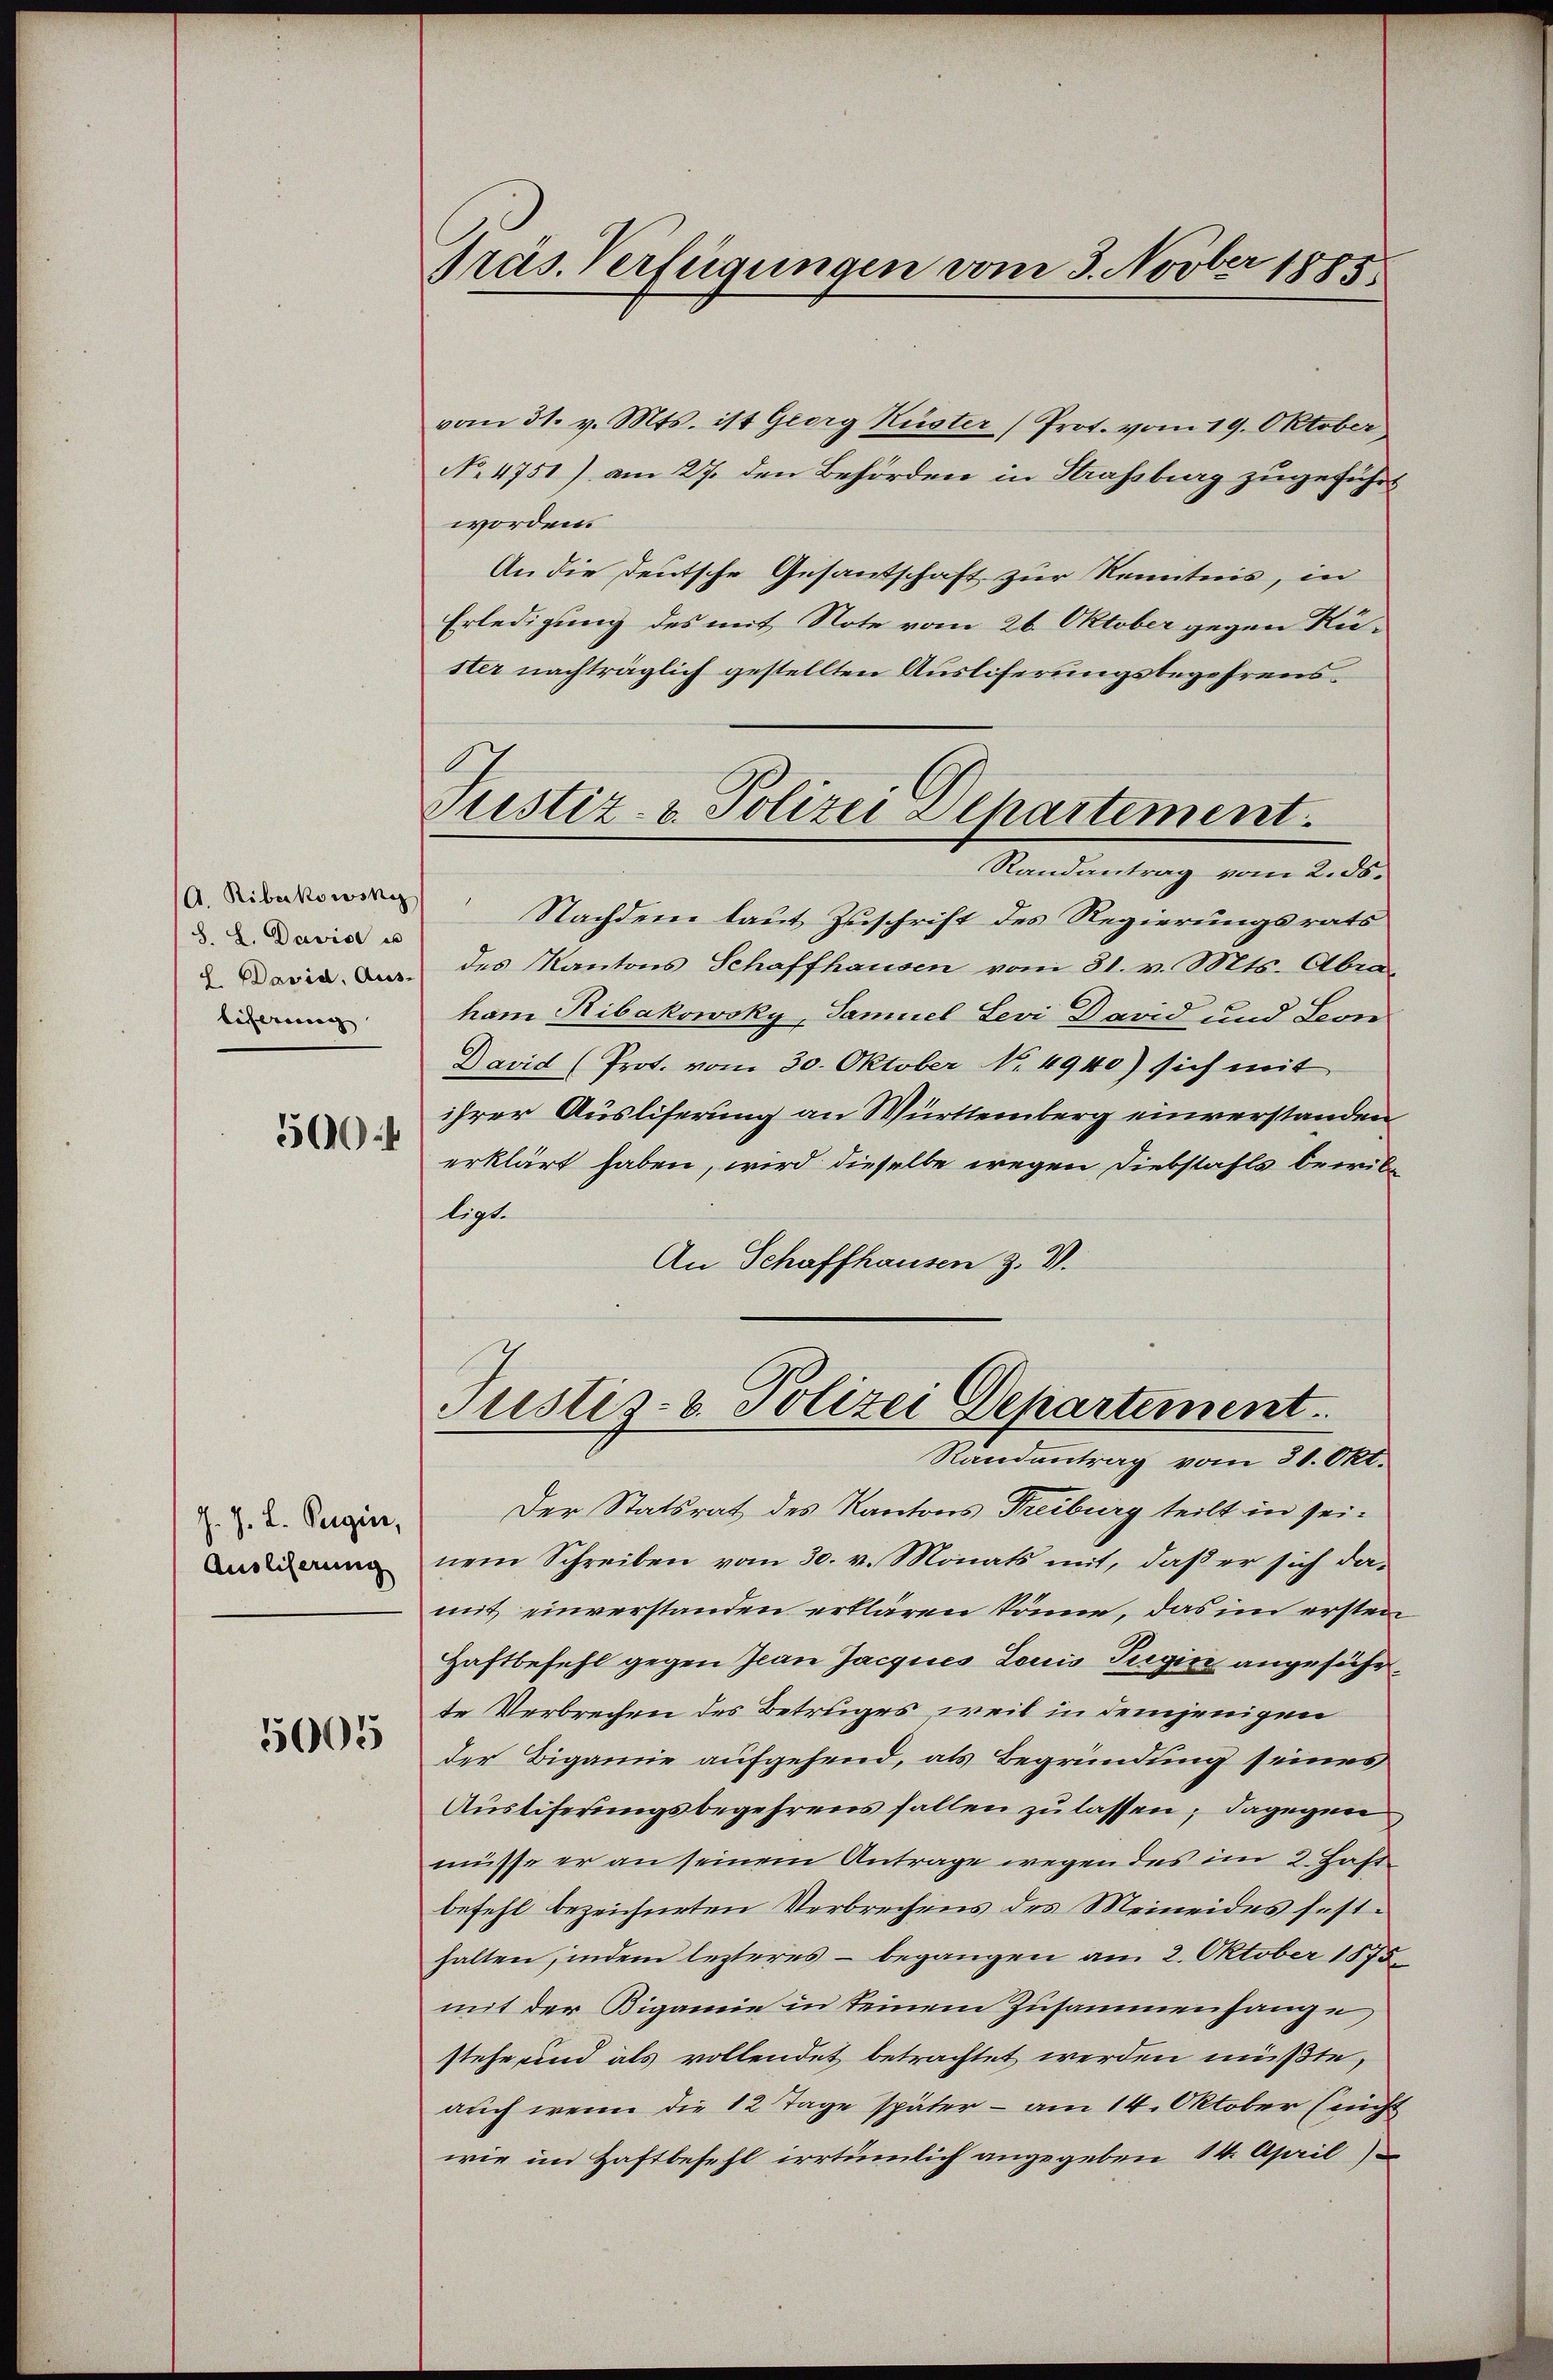
A. Ribukowski
S. L. David es
L David, Aus-
liferirung |

50

J. J. L. Regier,
Ausliserung

5005

Präs. Verfügungen vom 3. Novber 1885.

vom 31. v. Mts. ist Georg Küster (Prot. vom 19. Oktober
No 4751) am 27. den Behörden in Strassburg zugeführt
worden.
An die deutsche Gesantschaft zur Kenntnis, in
Erledigung des mit Note vom 26. Oktober gegen Rü-
ster nachträglich gestellten Ausliferungsbegehrens¬
Randantrag vom 2. ds.
Nachdem laut Zuschrift des Regierungsrats
des Kantons Schaffhausen vom 31. v. Mts. Abra
ham Ribakowsky, Samuel Levi David und Leon
David (Prot. vom 30. Oktober No. 4940) sich mit
ihrer Ausliserung an Württemberg einverstanden
erklärt haben, wird dieselbe wegen Diebstahls bewilligt.
An Schaffhausen z. V.
Justiz- & Polizei Departement.
Randantrag vom 31. Okt.
Der Statsrat des Kantons Treiburg teilt in seinem Schreiben vom 30. v. Monats mit, daß er sich damit einverstanden erklären könne, das im ersten
Haftbefehl gegen Ican Jacques Louis Tugin angeführte Verbrechen des Betruges, weil in demjenigen
der Bigamie aufgehend, als Begründung seines
Ausliferungsbegehrens fallen zu lassen; dagegen
müsse er an seinem Antrage wegen des im 2. Hast
befehl bezeichneten Verbrechens des Meineides festhalten, indem lezteres begangen am 2. Oktober 1875
mit der Bigamie in keinem Zusammenhange
stehe und als vollendet betrachtet werden müßte,
auch wenn die 12 Tage später - am 14. Oktober (nicht
wie im Haftbefehl irrtümlich angegeben 14. April

Justiz- & Polizei Departement.